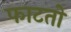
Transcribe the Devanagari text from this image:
फाटतो